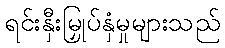
ရင်းနှီးမြှုပ်နှံမှုများသည်